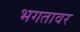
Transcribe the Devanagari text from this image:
भगतावर